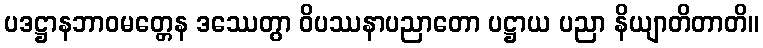
ပဒဋ္ဌာနဘာဝမတ္တေန ဒဿေတွာ ဝိပဿနာပညာတော ပဋ္ဌာယ ပညာ နိယျာတိတာတိ။